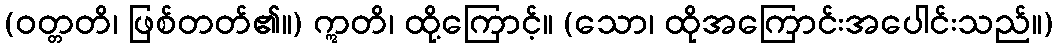
(ဝတ္တတိ၊ ဖြစ်တတ်၏။) ဣတိ၊ ထို့ကြောင့်။ (သော၊ ထိုအကြောင်းအပေါင်းသည်။)